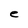
Character: e